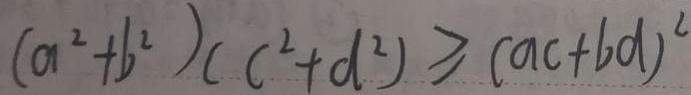
( a ^ { 2 } + b ^ { 2 } ) ( c ^ { 2 } + d ^ { 2 } ) \geq ( a c + b d ) ^ { 2 }